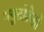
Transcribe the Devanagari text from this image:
प्लूटोक्रेसी